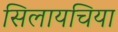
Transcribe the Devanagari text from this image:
सिलायचिया